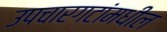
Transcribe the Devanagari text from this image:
उपचारगटांमधील